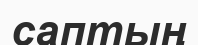
саптың